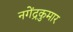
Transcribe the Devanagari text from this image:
नगेंद्रकुमार